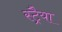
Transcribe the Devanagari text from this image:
स्ट्रैया